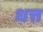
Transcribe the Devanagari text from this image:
धत्त